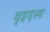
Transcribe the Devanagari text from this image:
वृहदस्व